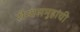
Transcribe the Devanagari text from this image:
सैन्यसमूहांची